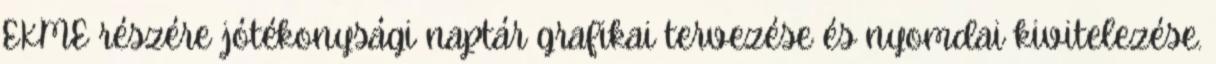
EKME részére jótékonysági naptár grafikai tervezése és nyomdai kivitelezése.